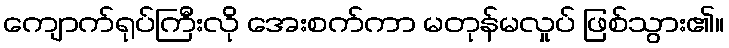
ကျောက်ရုပ်ကြီးလို အေးစက်ကာ မတုန်မလှုပ် ဖြစ်သွား၏။